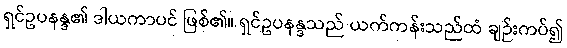
ရှင်ဥပနန္ဒ၏ ဒါယကာပင် ဖြစ်၏။ ရှင်ဥပနန္ဒသည် ယက်ကန်းသည်ထံ ချဉ်းကပ်၍